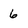
Character: 6